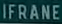
IFRANE